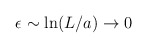
\begin{align*}\epsilon \sim {\rm ln}(L/a)\to 0\end{align*}